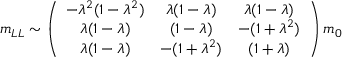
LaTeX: m _ { L L } \sim \left( \begin{array} { c c c } { { - \lambda ^ { 2 } ( 1 - \lambda ^ { 2 } ) } } & { { \lambda ( 1 - \lambda ) } } & { { \lambda ( 1 - \lambda ) } } \\ { { \lambda ( 1 - \lambda ) } } & { { ( 1 - \lambda ) } } & { { - ( 1 + \lambda ^ { 2 } ) } } \\ { { \lambda ( 1 - \lambda ) } } & { { - ( 1 + \lambda ^ { 2 } ) } } & { { ( 1 + \lambda ) } } \end{array} \right) m _ { 0 }